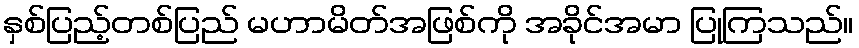
နှစ်ပြည့်တစ်ပြည် မဟာမိတ်အဖြစ်ကို အခိုင်အမာ ပြုကြသည်။